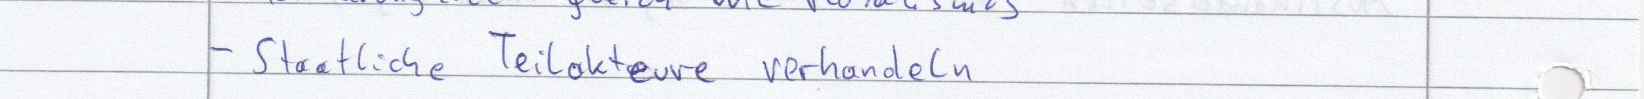
- Staatliche Teilakteure verhandeln